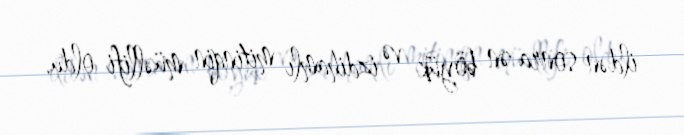
ildən sonra ən böyük və izdihamlı mitinqin müəllifi oldu.